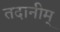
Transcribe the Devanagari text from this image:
तदानीम्